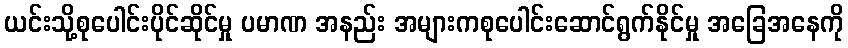
ယင်းသို့စုပေါင်းပိုင်ဆိုင်မှု ပမာဏ အနည်း အများကစုပေါင်းဆောင်ရွက်နိုင်မှု အခြေအနေကို